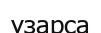
ұзарса